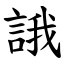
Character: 誐